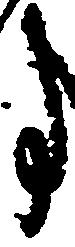
事